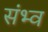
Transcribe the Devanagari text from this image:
संभ्व